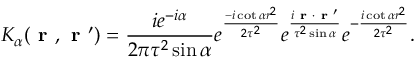
K _ { \alpha } ( \textbf { r } , \textbf { r } ^ { \prime } ) = \frac { i e ^ { - i \alpha } } { 2 \pi \tau ^ { 2 } \sin \alpha } e ^ { \frac { - i \cot \alpha r ^ { 2 } } { 2 \tau ^ { 2 } } } e ^ { \frac { i \textbf { r } \cdot \textbf { r } ^ { \prime } } { \tau ^ { 2 } \sin \alpha } } e ^ { - \frac { i \cot \alpha r ^ { 2 } } { 2 \tau ^ { 2 } } } .